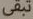
تبقى